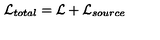
{ \cal L } _ { t o t a l } = { \cal L } + { \cal L } _ { s o u r c e }